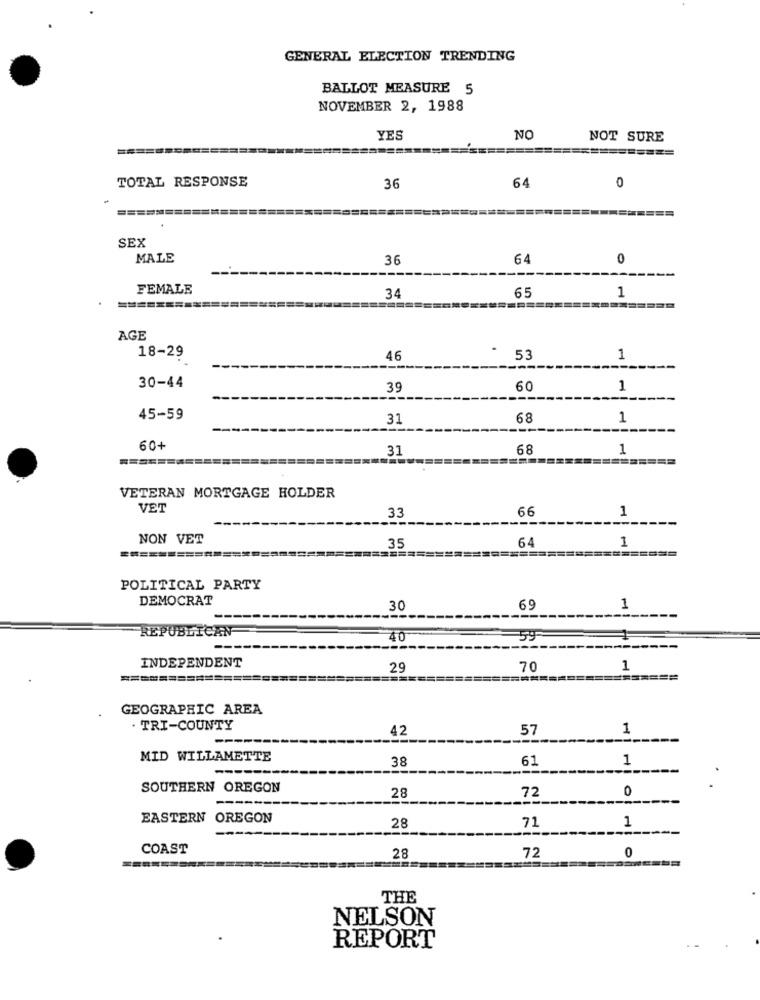
GENERAL ELECTION TRENDING
BALLOT MEASURE 5
NOVEMBER 2, 1988
YES
NO
NOT SURE
TOTAL RESPONSE
36
64
0
SEX
MALE
36
64
0
FEMALE
34
65
1
AGE
18-29
46
- 53
1
30-44
39
60
1
45-59
31
68
1
60+
31
68
1
VETERAN MORTGAGE HOLDER
VET
33
66
1
NON VET
35
1
64
=======
POLITICAL PARTY
DEMOCRAT
30
69
1
REPUBLICAN
40
=59
INDEPENDENT
29
70
1
===========
===
GEOGRAPHIC AREA
. TRI-COUNTY
42
57
1
MID WILLAMETTE
38
61
1
SOUTHERN OREGON
72
0
28
EASTERN OREGON
71
28
1
COAST
28
72
0
THE
NELSON
REPORT